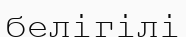
белігілі